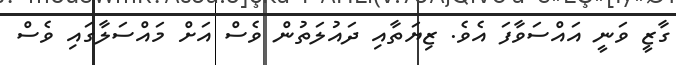
ގާޒީ ވަނީ އައްސަވާފަ އެވެ. ޒިޔަތާއި ދައުލަތުން ވެސް އަށް މައްސަލާގައި ވެސް